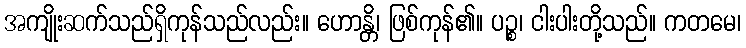
အကျိုးဆက်သည်ရှိကုန်သည်လည်း။ ဟောန္တိ၊ ဖြစ်ကုန်၏။ ပဉ္စ၊ ငါးပါးတို့သည်။ ကတမေ၊